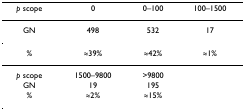
<table><thead><tr><td><b><i>p </i>scope</b></td><td><b>0</b></td><td><b>0–100</b></td><td><b>100–1500</b></td></tr></thead><tbody><tr><td>GN</td><td>498</td><td>532</td><td>17</td></tr><tr><td>%</td><td>≈39%</td><td>≈42%</td><td>≈1%</td></tr><tr><td><i>p </i>scope</td><td>1500–9800</td><td>&gt;9800</td><td></td></tr><tr><td>GN</td><td>19</td><td>195</td><td></td></tr><tr><td>%</td><td>≈2%</td><td>≈15%</td><td></td></tr></tbody></table>